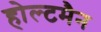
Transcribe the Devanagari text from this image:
होल्टमैन